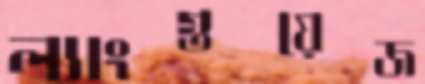
ল্যাংগুয়েজ